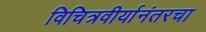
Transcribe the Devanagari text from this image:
विचित्रवीर्यानंतरचा